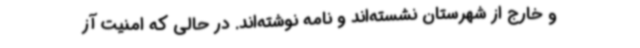
و خارج از شهرستان نشسته‌اند و نامه نوشته‌اند. در حالی که امنیت آز